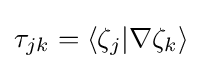
\mathbf {\tau } _{jk}=\langle \zeta _{j}|\nabla \zeta _{k}\rangle